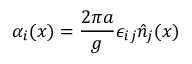
\alpha _ { i } ( x ) = \frac { 2 \pi a } { g } \epsilon _ { i j } \hat { n } _ { j } ( x )